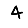
Digit: 4